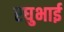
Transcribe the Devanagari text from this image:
रघुभाई